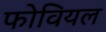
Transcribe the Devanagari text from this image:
फोवियल